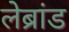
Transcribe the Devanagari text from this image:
लेब्रांड